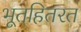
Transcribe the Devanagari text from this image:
भूतहितरत